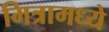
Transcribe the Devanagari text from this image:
मित्रामध्ये